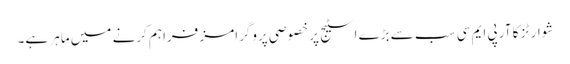
شوارٹز کا آر پی ایم سی سب سے بڑے اسٹیج پر خصوصی پروگرامز فراہم کرنے میں ماہر ہے۔